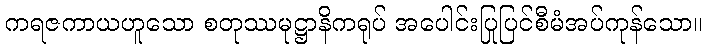
ကရဇကာယဟူသော စတုဿမုဋ္ဌာနိကရုပ် အပေါင်းပြုပြင်စီမံအပ်ကုန်သော။